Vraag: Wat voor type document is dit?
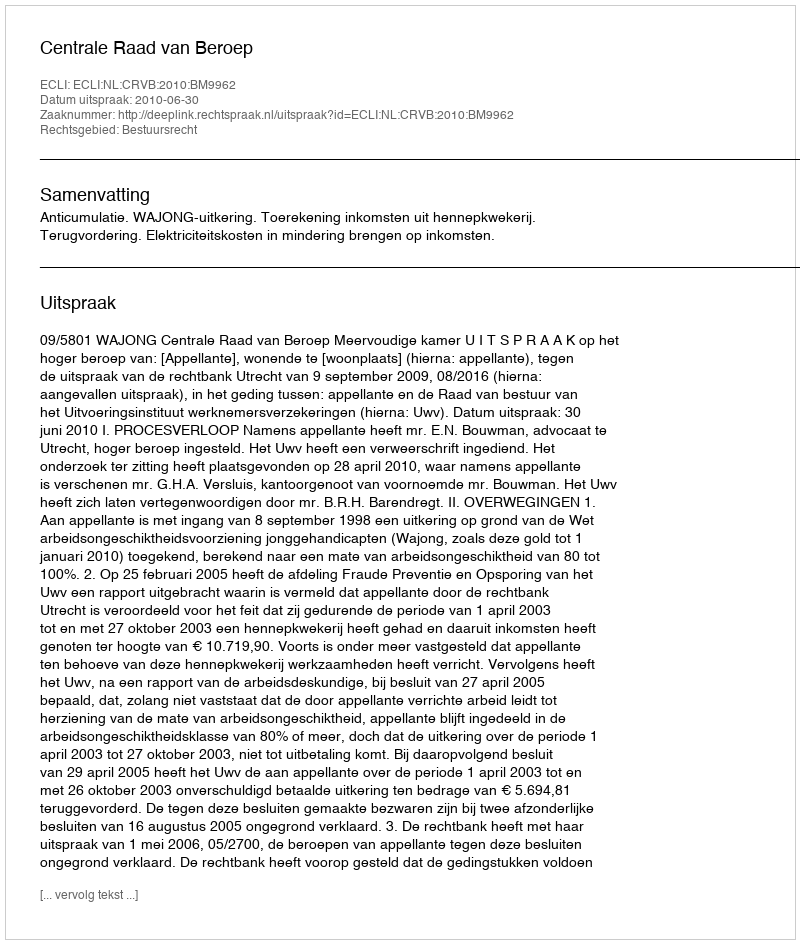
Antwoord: Uitspraak